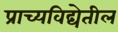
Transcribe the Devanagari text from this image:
प्राच्यविद्येतील